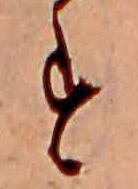
す